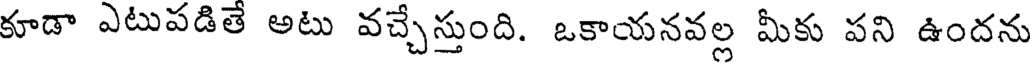
కూడా ఎటుపడితే అటు వచ్చేస్తుంది. ఒకాయనవల్ల మీకు పని ఉందను